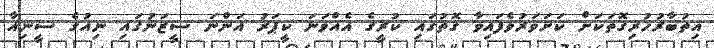
އިތުބާރުހުރިގޮތަކަށް ކަށަވަރުވެފައިވާ ގޮތުގައި ކުރީގެ އެއްވަނަ ކީޕަރު އަންނަ ސީޒަނުގައި ނިއުގެ ސީނިއާ